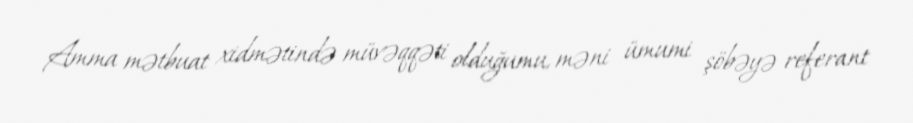
Amma mətbuat xidmətində müvəqqəti olduğumu, məni ümumi şöbəyə referant